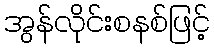
အွန်လိုင်းစနစ်ဖြင့်